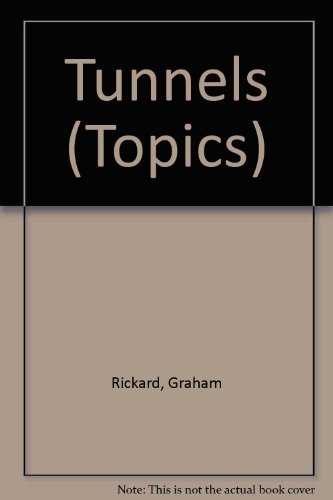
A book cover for Tunnels; Graham Rickard; Children's Books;